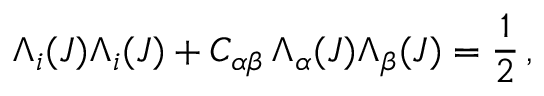
\Lambda _ { i } ( J ) \Lambda _ { i } ( J ) + C _ { \alpha \beta } \, \Lambda _ { \alpha } ( J ) \Lambda _ { \beta } ( J ) = \frac { 1 } { 2 } \, ,